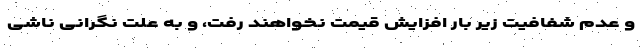
و عدم شفافیت زیر بار افزایش قیمت نخواهند رفت، و به علت نگرانی ناشی